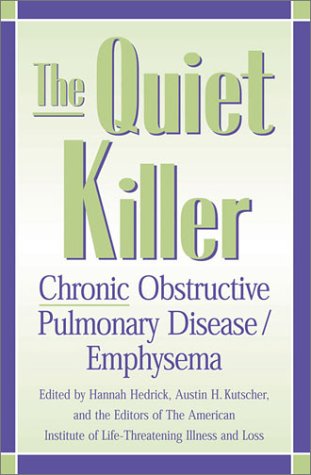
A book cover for The Quiet Killer: Emphysema/Chronic Obstructive Pulmonary Disease; Hannah L. Hedrick; Health, Fitness & Dieting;